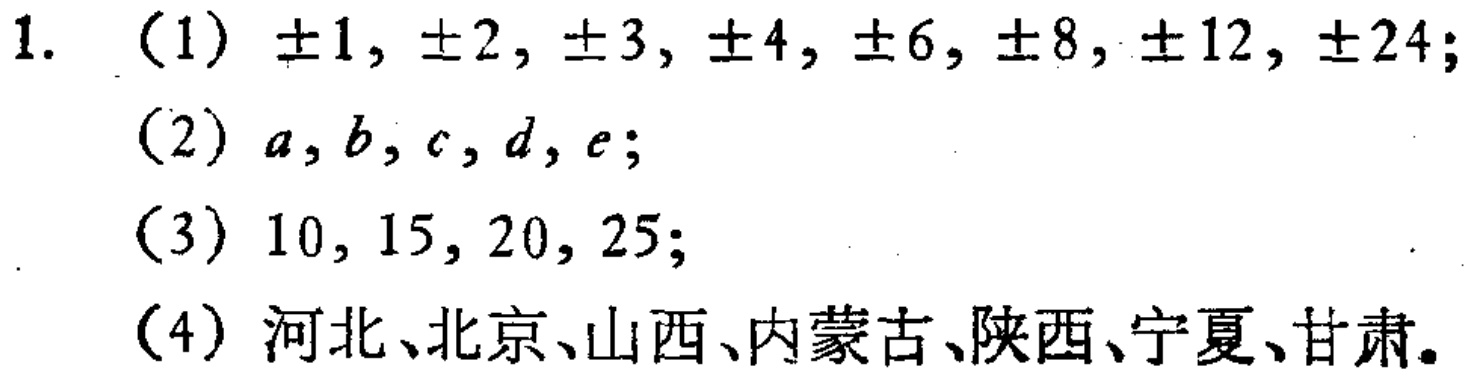
1. (1) $\pm1, \pm2, \pm3, \pm4, \pm6, \pm8, \pm12, \pm24$;

(2) $a, b, c, d, e$;

(3) $10, 15, 20, 25$;

(4) 河北、北京、山西、内蒙古、陕西、宁夏、甘肃。